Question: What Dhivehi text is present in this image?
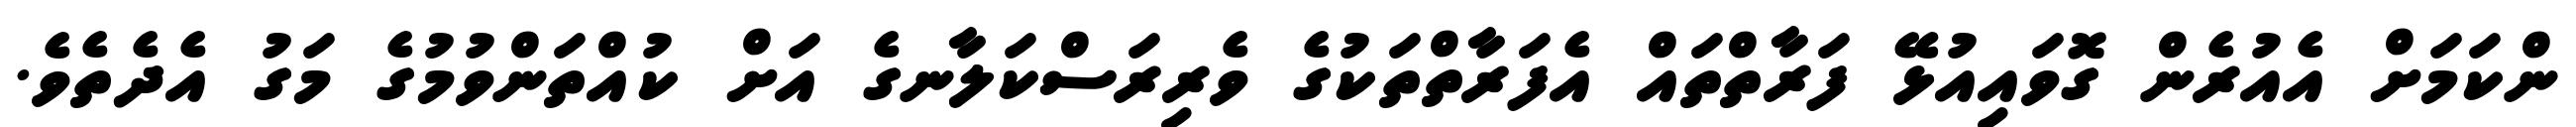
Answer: ންކަމަށް އެއުރެން ގޮވައިއުޅޭ ފަރާތްތައް އެފަރާތްތަކުގެ ވެރިރަސްކަލާނގެ އަށް ކުއްތަންވުމުގެ މަގު އެދެތެވެ.